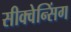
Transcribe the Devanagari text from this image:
सीक्वेन्सिंग